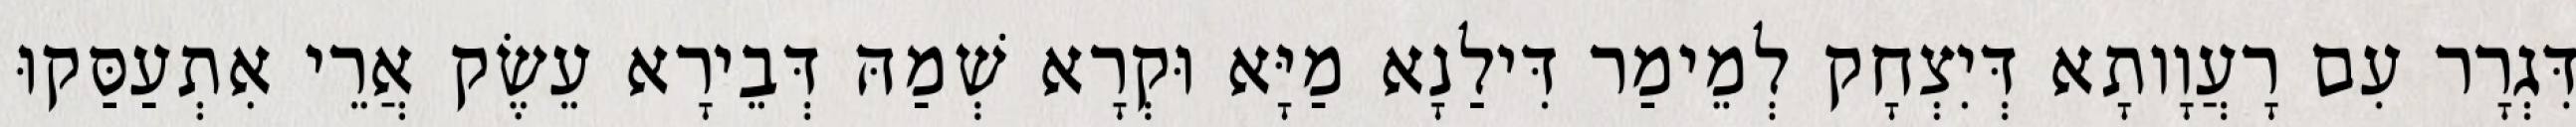
דִּגְרָר עִם רָעֲוָותָא דְּיִצְחָק לְמֵימַר דִּילַנָא מַיָּא וּקְרָא שְׁמַהּ דְּבֵירָא עֵשֶׂק אֲרֵי אִתְעַסַּקוּ